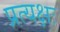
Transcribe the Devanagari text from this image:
प्रत्यक्षः